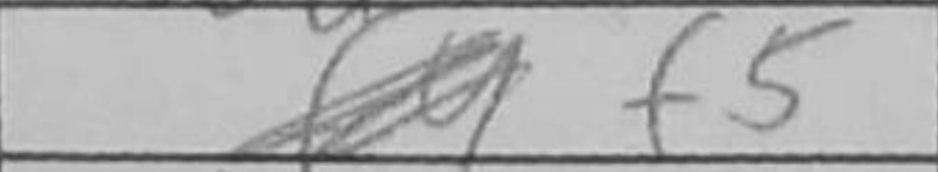
Transcription: f5